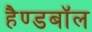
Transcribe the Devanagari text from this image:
हैण्डबॉल